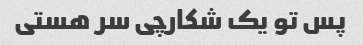
پس تو یک شکارچی سر هستی